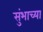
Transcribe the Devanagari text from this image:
सुंभाच्या